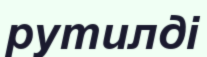
рутилді